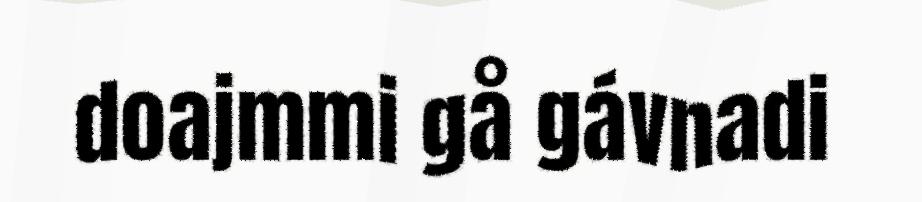
doajmmi gå gávnadi